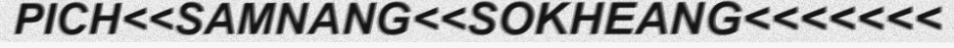
PICH<<SAMNANG<<SOKHEANG<<<<<<<